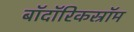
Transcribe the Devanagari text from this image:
बॉदॉरिकस्रॉम